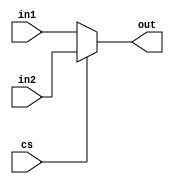
module MUX_32b(in1, in2, cs, out);

output reg [31:0] out;

input wire [31:0] in1, in2;
input wire cs;


always @ (*)
begin
    if (cs==1'b1) begin
        out<=in2;
    end

    else begin
        out<=in1;
    end

end
endmodule

module MUX_5b(in1, in2, cs, out);

output wire [4:0] out;

input wire [4:0] in1, in2;
input wire cs;

reg[4:0] _out;

always @(cs or in1 or in2)
begin
if (cs==1'b0)
    _out=in1;

else _out=in2;
end
assign out = _out[4:0];
endmodule